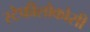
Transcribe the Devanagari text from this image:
स्टैफीलोकोसी